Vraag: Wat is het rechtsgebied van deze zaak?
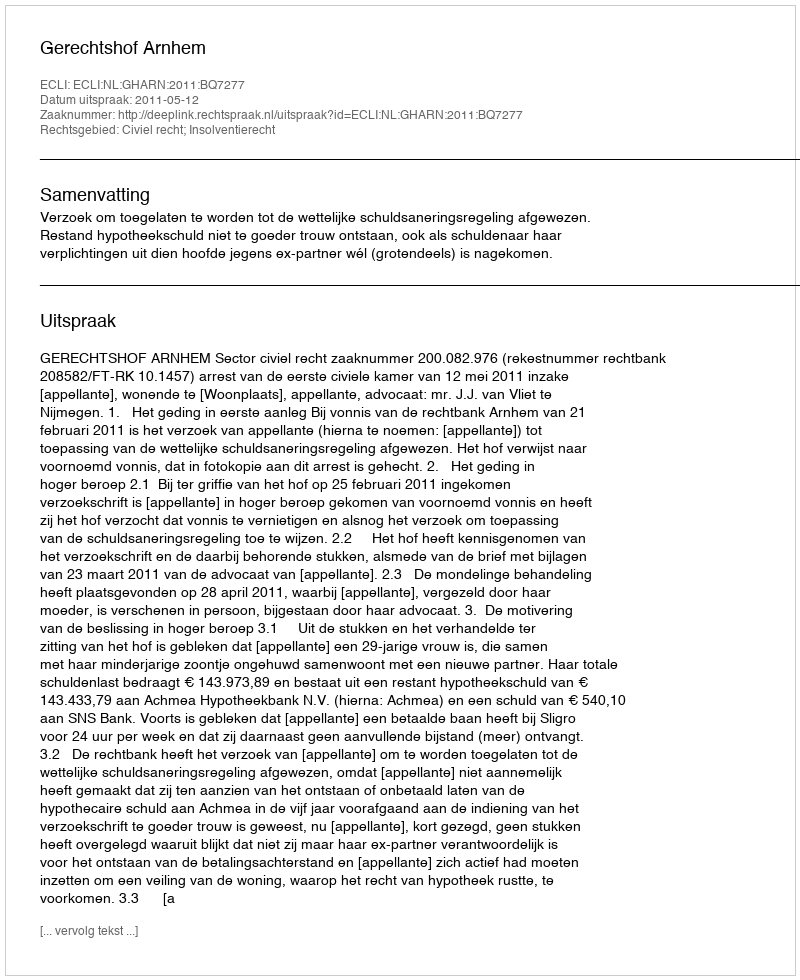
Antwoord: Civiel recht; Insolventierecht